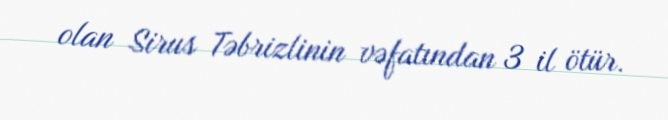
olan Sirus Təbrizlinin vəfatından 3 il ötür.